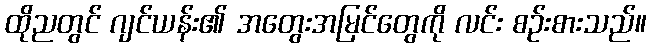
ထိုညတွင် ဂျင်ယန်း၏ အတွေးအမြင်တွေကို လင်း စဉ်းစားသည်။